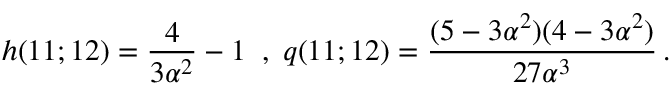
h ( 1 1 ; 1 2 ) = \frac 4 { 3 \alpha ^ { 2 } } - 1 \; \; , \; q ( 1 1 ; 1 2 ) = \frac { ( 5 - 3 \alpha ^ { 2 } ) ( 4 - 3 \alpha ^ { 2 } ) } { 2 7 \alpha ^ { 3 } } \, .